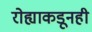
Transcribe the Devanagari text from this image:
रोह्याकडूनही